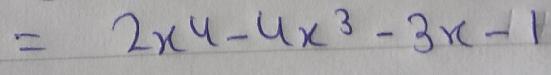
$=2x^{4}-4x^{3}-3x - 1$